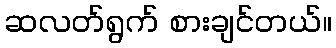
ဆလတ်ရွက် စားချင်တယ်။